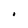
Character: I